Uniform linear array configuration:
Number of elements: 64
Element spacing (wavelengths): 0.75
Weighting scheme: hamming
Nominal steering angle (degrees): -45
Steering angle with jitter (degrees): -44.511
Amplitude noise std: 0.05
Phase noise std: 0.05

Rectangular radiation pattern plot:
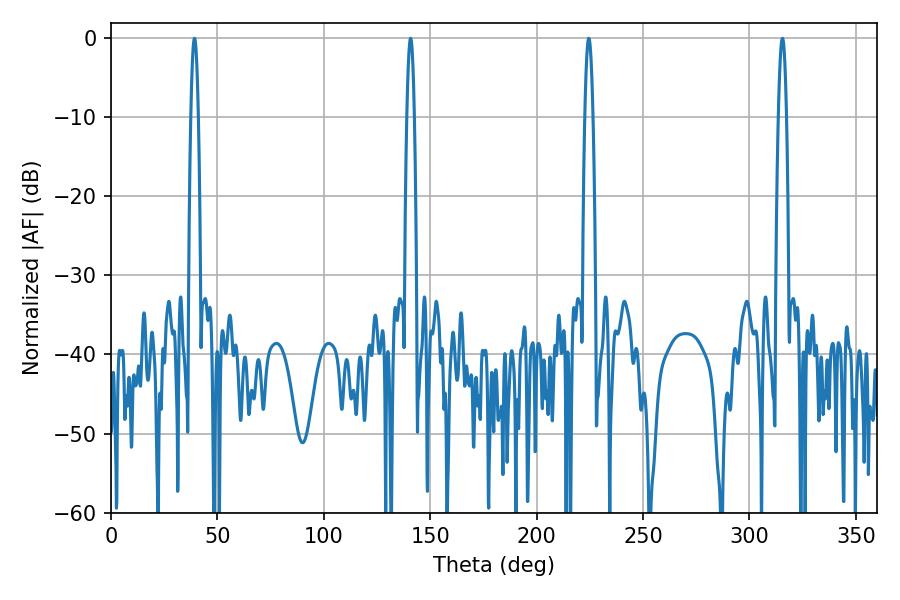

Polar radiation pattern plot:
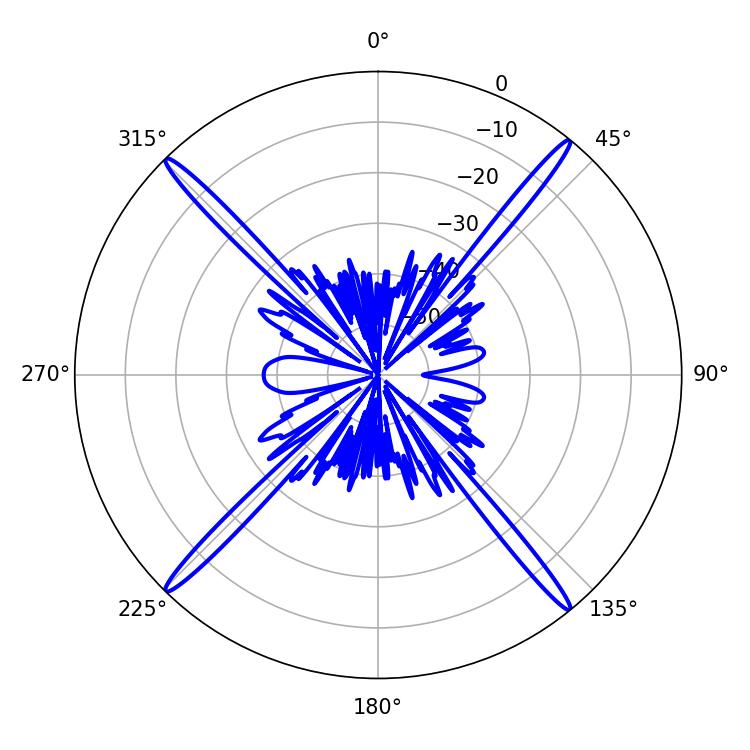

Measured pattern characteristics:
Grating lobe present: TRUE
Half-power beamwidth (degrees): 1.8
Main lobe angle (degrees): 39.24